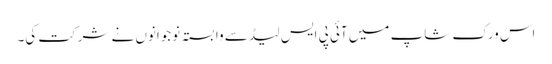
اس ورک شاپ میں آئی پی ایس لیڈ سے وابستہ نوجوانوں نے شرکت کی۔